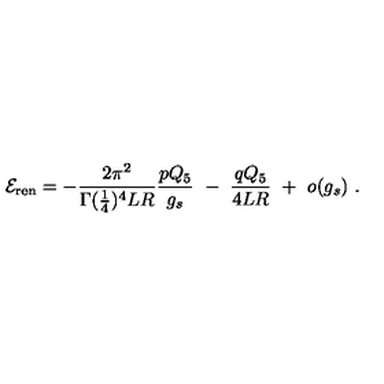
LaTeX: { \cal E } _ { \mathrm { r e n } } = - { \frac { 2 \pi ^ { 2 } } { \Gamma ( { \frac { 1 } { 4 } } ) ^ { 4 } L R } } { \frac { p Q _ { 5 } } { g _ { s } } } \ - \ { \frac { q Q _ { 5 } } { 4 L R } } \ + \ o ( g _ { s } ) \ .